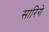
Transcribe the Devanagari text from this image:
सारिगे